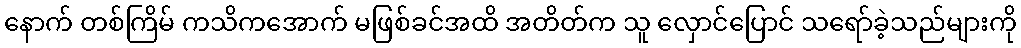
နောက် တစ်ကြိမ် ကသိကအောက် မဖြစ်ခင်အထိ အတိတ်က သူ လှောင်ပြောင် သရော်ခဲ့သည်များကို